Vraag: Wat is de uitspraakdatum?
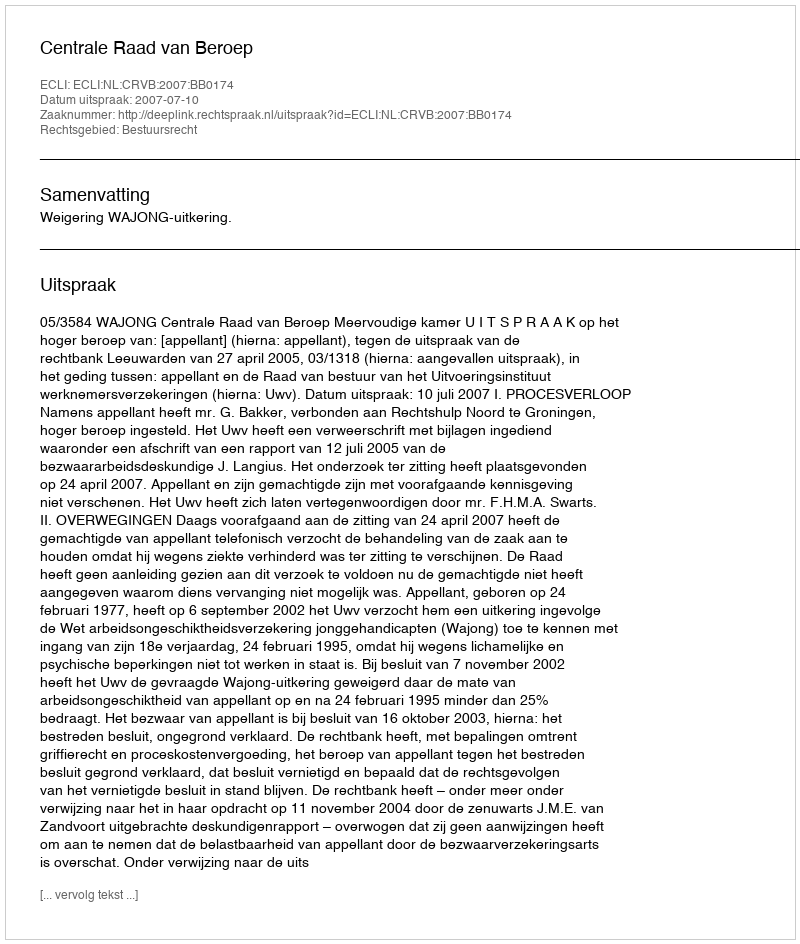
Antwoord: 2007-07-10